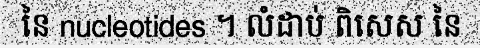
នៃ nucleotides ។ លំដាប់ ពិសេស នៃ